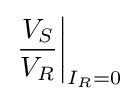
\left.{\frac {V_{S}}{V_{R}}}\right|_{I_{R}=0}